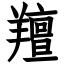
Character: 羶